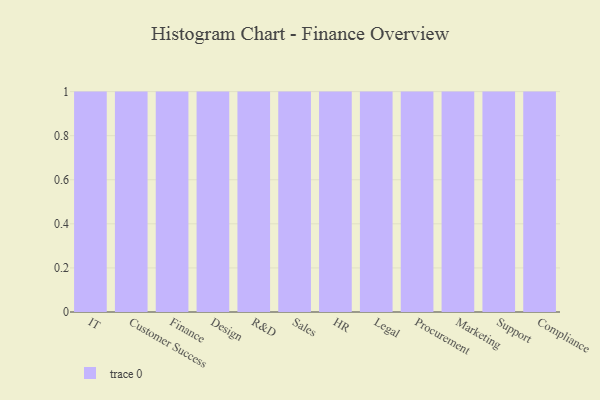
{"axis": {"x": "Department", "y": "Humidity (%)"}, "legend": [""], "data": [{"x": "IT", "y": 100, "type": ""}, {"x": "Customer Success", "y": 2, "type": ""}, {"x": "Finance", "y": 30, "type": ""}, {"x": "Design", "y": 16, "type": ""}, {"x": "R&D", "y": 83, "type": ""}, {"x": "Sales", "y": 40, "type": ""}, {"x": "HR", "y": 10, "type": ""}, {"x": "Legal", "y": 85, "type": ""}, {"x": "Procurement", "y": 29, "type": ""}, {"x": "Marketing", "y": 58, "type": ""}, {"x": "Support", "y": 98, "type": ""}, {"x": "Compliance", "y": 51, "type": ""}]}